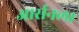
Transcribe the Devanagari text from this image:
आर्सनल।